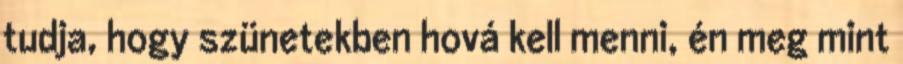
tudja, hogy szünetekben hová kell menni, én meg mint